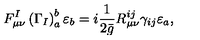
F _ { \mu \nu } ^ { I } \left( \Gamma _ { I } \right) _ { a } ^ { b } \varepsilon _ { b } = i \frac { 1 } { 2 \bar { g } } R _ { \mu \nu } ^ { i j } \gamma _ { i j } \varepsilon _ { a } ,